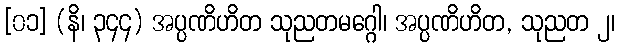
[၀၁] (နိ၊ ၃၄၄) အပ္ပဏိဟိတ သုညတမဂ္ဂေါ၊ အပ္ပဏိဟိတ, သုညတ ၂၊